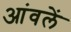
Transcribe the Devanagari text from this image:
आंवलें